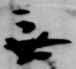
無